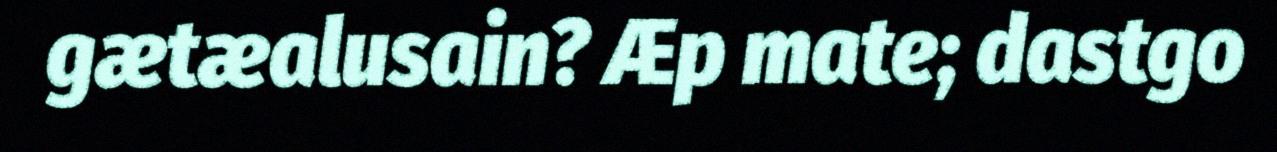
gætæalusain? Æp mate; dastgo